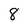
Character: 8